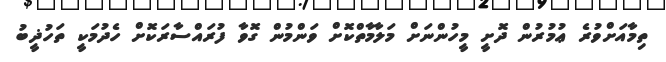
ތިމާއަށްވުރެ ޢުމުރުން ދޮށީ މީހުންނަށް މަލާމާތްކޮށް ވަންމުން ގޮވާ ފުރައްސާރަކޮށް ހެދުމަކީ ތަހުޛީބު